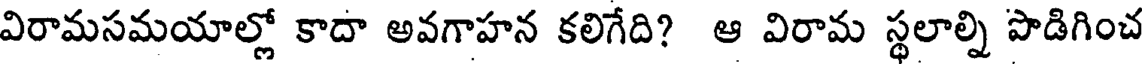
విరామసమయాల్లో కాదా అవగాహన కలిగేది? ఆ విరామ స్థలాల్ని పొడిగించ